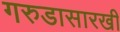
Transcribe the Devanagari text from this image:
गरुडासारखी